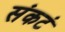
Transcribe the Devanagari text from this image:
संकटं